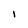
Character: i